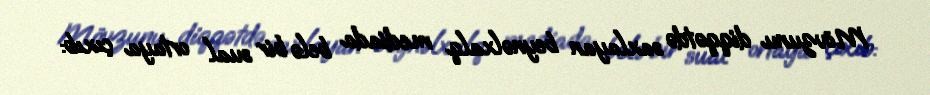
Mövzunu diqqətdə saxlayan beynəlxalq mediada belə bir sual ortaya çıxıb: